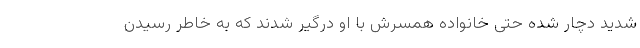
شدید دچار شده حتی خانواده همسرش با او درگیر شدند که به خاطر رسیدن